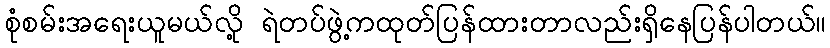
စုံစမ်းအရေးယူမယ်လို့ ရဲတပ်ဖွဲ့ကထုတ်ပြန်ထားတာလည်းရှိနေပြန်ပါတယ်။